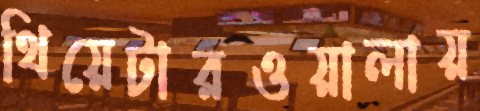
থিয়েটারওয়ালায়